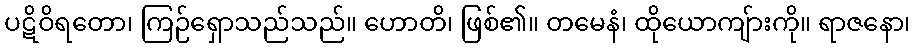
ပဋိဝိရတော၊ ကြဉ်ရှောသည်သည်။ ဟောတိ၊ ဖြစ်၏။ တမေနံ၊ ထိုယောကျ်ားကို။ ရာဇနော၊